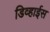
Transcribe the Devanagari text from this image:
डिव्हाईस